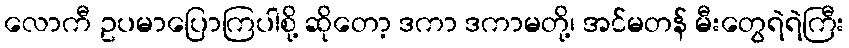
လောကီ ဥပမာပြောကြပါစို့ ဆိုတော့ ဒကာ ဒကာမတို့၊ အင်မတန် မီးတွေရဲရဲကြီး